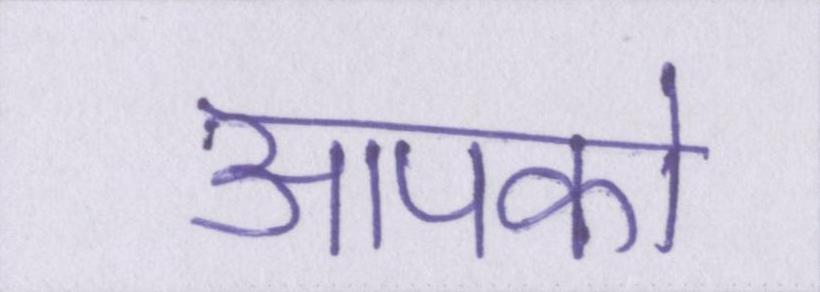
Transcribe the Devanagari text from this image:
आपको